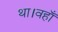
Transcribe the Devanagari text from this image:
था।वहाँ